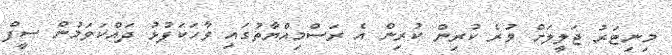
މިނިޓަރު ޖަލީލަށް ވުރެ ކުރިން ކުރިން އެ ރަސްމިއްޔާތުގައި ވާހަކަފުޅު ދައްކަވަމުން ސީފް